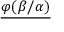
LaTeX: { \underline { { \varphi ( \beta / \alpha ) } } } \,